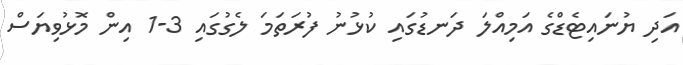
އަދި ޔުނައިޓެޑްގެ އަމިއްލަ ދަނޑުގައި ކުޅުނު ފުރަތަމަ ލެގުގައި 3-1 އިން މޮޅުވިޔަސް